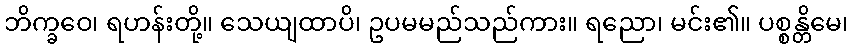
ဘိက္ခဝေ၊ ရဟန်းတို့။ သေယျထာပိ၊ ဥပမမည်သည်ကား။ ရညော၊ မင်း၏။ ပစ္စန္တိမေ၊